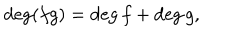
\deg ( f g ) = \deg f + \deg g ,